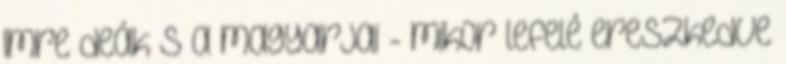
Imre deák s a magyarjai - mikor lefelé ereszkedve